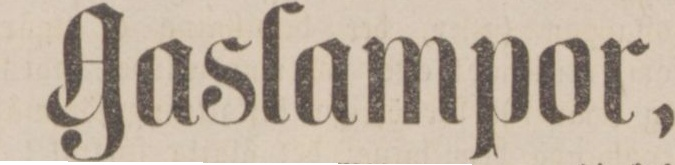
Gaslampor,